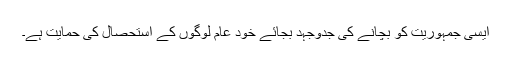
ایسی جمہوریت کو بچانے کی جدوجہد بجائے خود عام لوگوں کے استحصال کی حمایت ہے۔